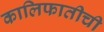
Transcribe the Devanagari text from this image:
कालिफातीची